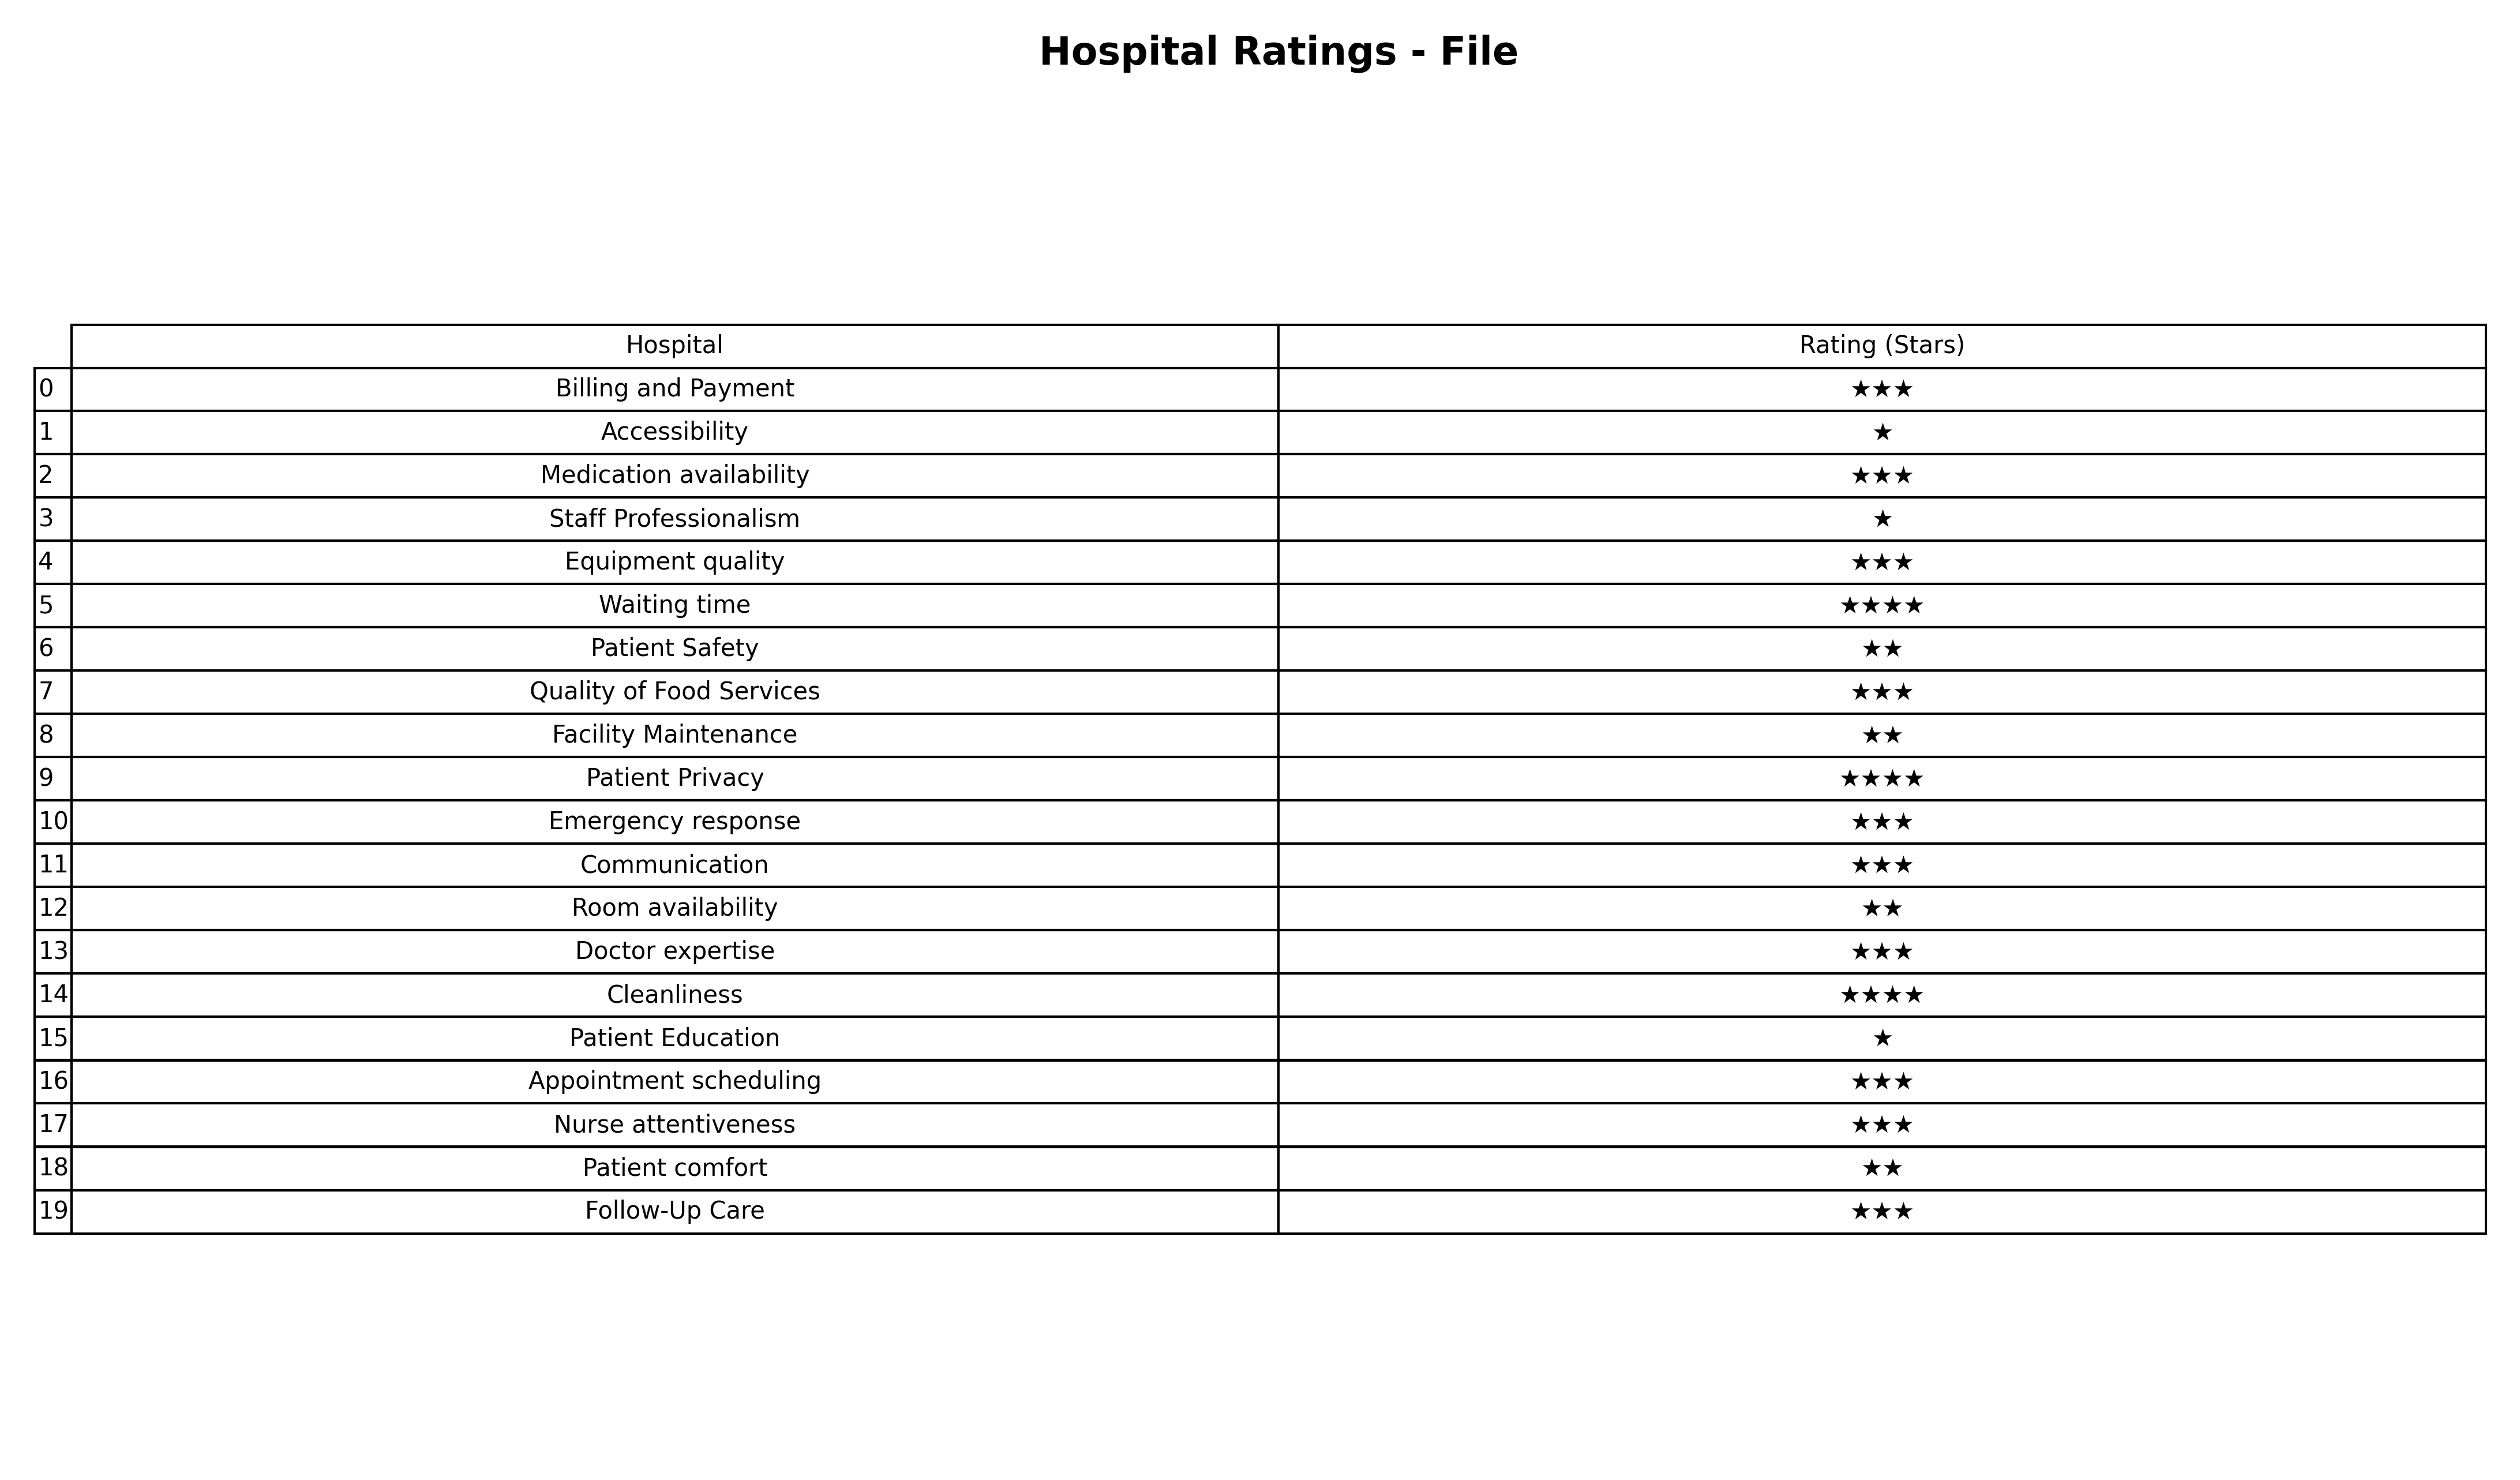
question: What is the rating of Patient comfort?
answer: ★★